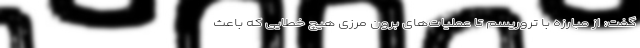
گفت: از مبارزه با تروریسم تا عملیات‌های برون مرزی هیچ خطایی که باعث